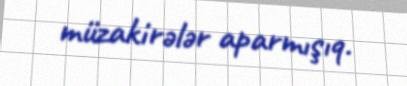
müzakirələr aparmışıq.